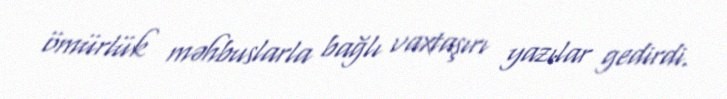
ömürlük məhbuslarla bağlı vaxtaşırı yazılar gedirdi.